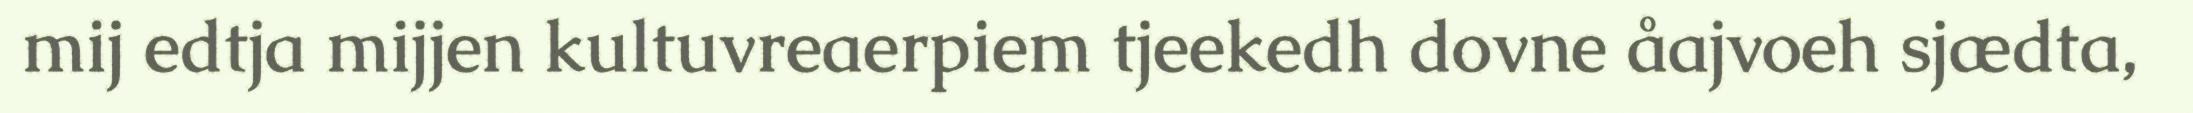
mij edtja mijjen kultuvreaerpiem tjeekedh dovne åajvoeh sjædta,